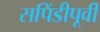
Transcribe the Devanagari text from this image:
सपिंडीपूर्वीं